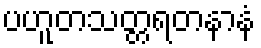
ပဟူတသတ္တရတနာနံ